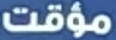
مؤقت